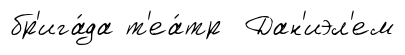
бр'ига́да т'еа́тр Дан'иэл'ем